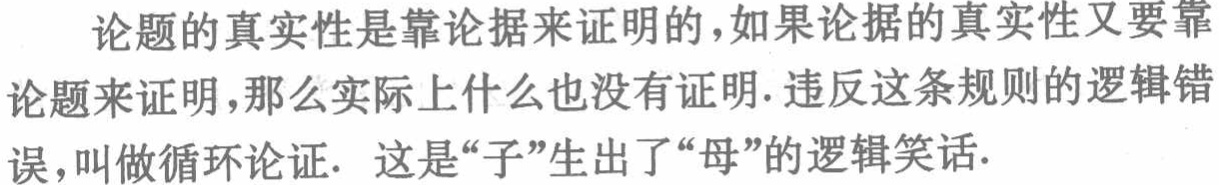
论题的真实性是靠论据来证明的，如果论据的真实性又要靠论题来证明,那么实际上什么也没有证明. 违反这条规则的逻辑错误,叫做循环论证. 这是“子”生出了“母”的逻辑笑话.